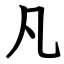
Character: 凡